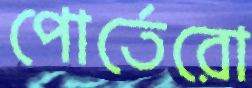
পোর্তেরো